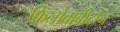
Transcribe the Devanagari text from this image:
फिनोबार्बीटोन